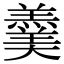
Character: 羹